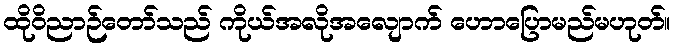
ထိုဝိညာဉ်တော်သည် ကိုယ်အလိုအလျောက် ဟောပြောမည်မဟုတ်။